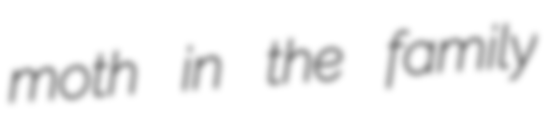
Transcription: moth in the family